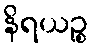
နိရယဉ္စ